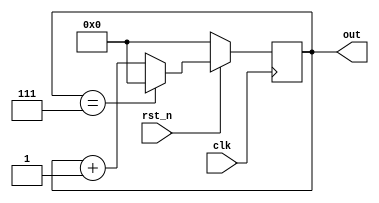
`timescale 1ns/1ps
module  Counter_Practice(
    input clk, 
    input rst_n, 
    output reg [3:0] out
);
reg [3:0] next_out;

always @(posedge clk) begin
    if(!rst_n)begin
        /* initialize the "out" register */
        out <= 4'b0;
    end
    else begin
        /* get the next value of the "out" register */
        out <= next_out;
    end
end
always@(*) begin
    if(out == 4'd7) begin
        /* handle the boundary condition */
        next_out = 4'd0;
    end
    else begin
        /* increment the value in the "out" register by 1'b1 and store it in the "next_out" register */
        next_out = out + 1'b1;
    end
end
endmodule